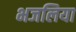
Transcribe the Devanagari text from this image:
भजलिया